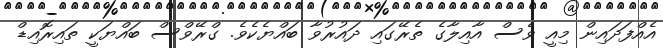
އެއްފަދައިން މިއީ ވެސް އާއިލާގެ ތެރޭގައި ދައުރުވާ ބައްޔެކެވެ. ގްރޭވްސް ބައްޔަކީ ތައިރޮއިޑް